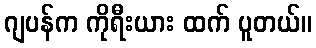
ဂျပန်က ကိုရီးယား ထက် ပူတယ်။